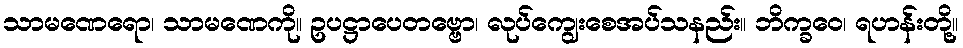
သာမဏေရော၊ သာမဏေကို။ ဥပဋ္ဌာပေတဗ္ဗော၊ လုပ်ကျွေးစေအပ်သနည်း။ ဘိက္ခဝေ၊ ရဟန်းတို့။